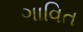
ગાવિત